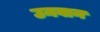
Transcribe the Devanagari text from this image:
उनवान